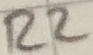
Text: R2